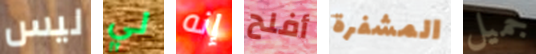
ليس لي إنه أفلح المشفرة جميل